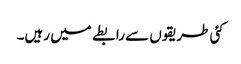
کئی طریقوں سے رابطے میں رہیں۔